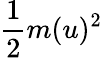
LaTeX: \frac{1}{2}m(u)^{2}